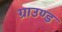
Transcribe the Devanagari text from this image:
ग्राउण्‍ड